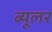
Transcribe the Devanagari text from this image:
ब्यूलर